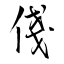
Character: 俴